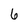
Character: 6